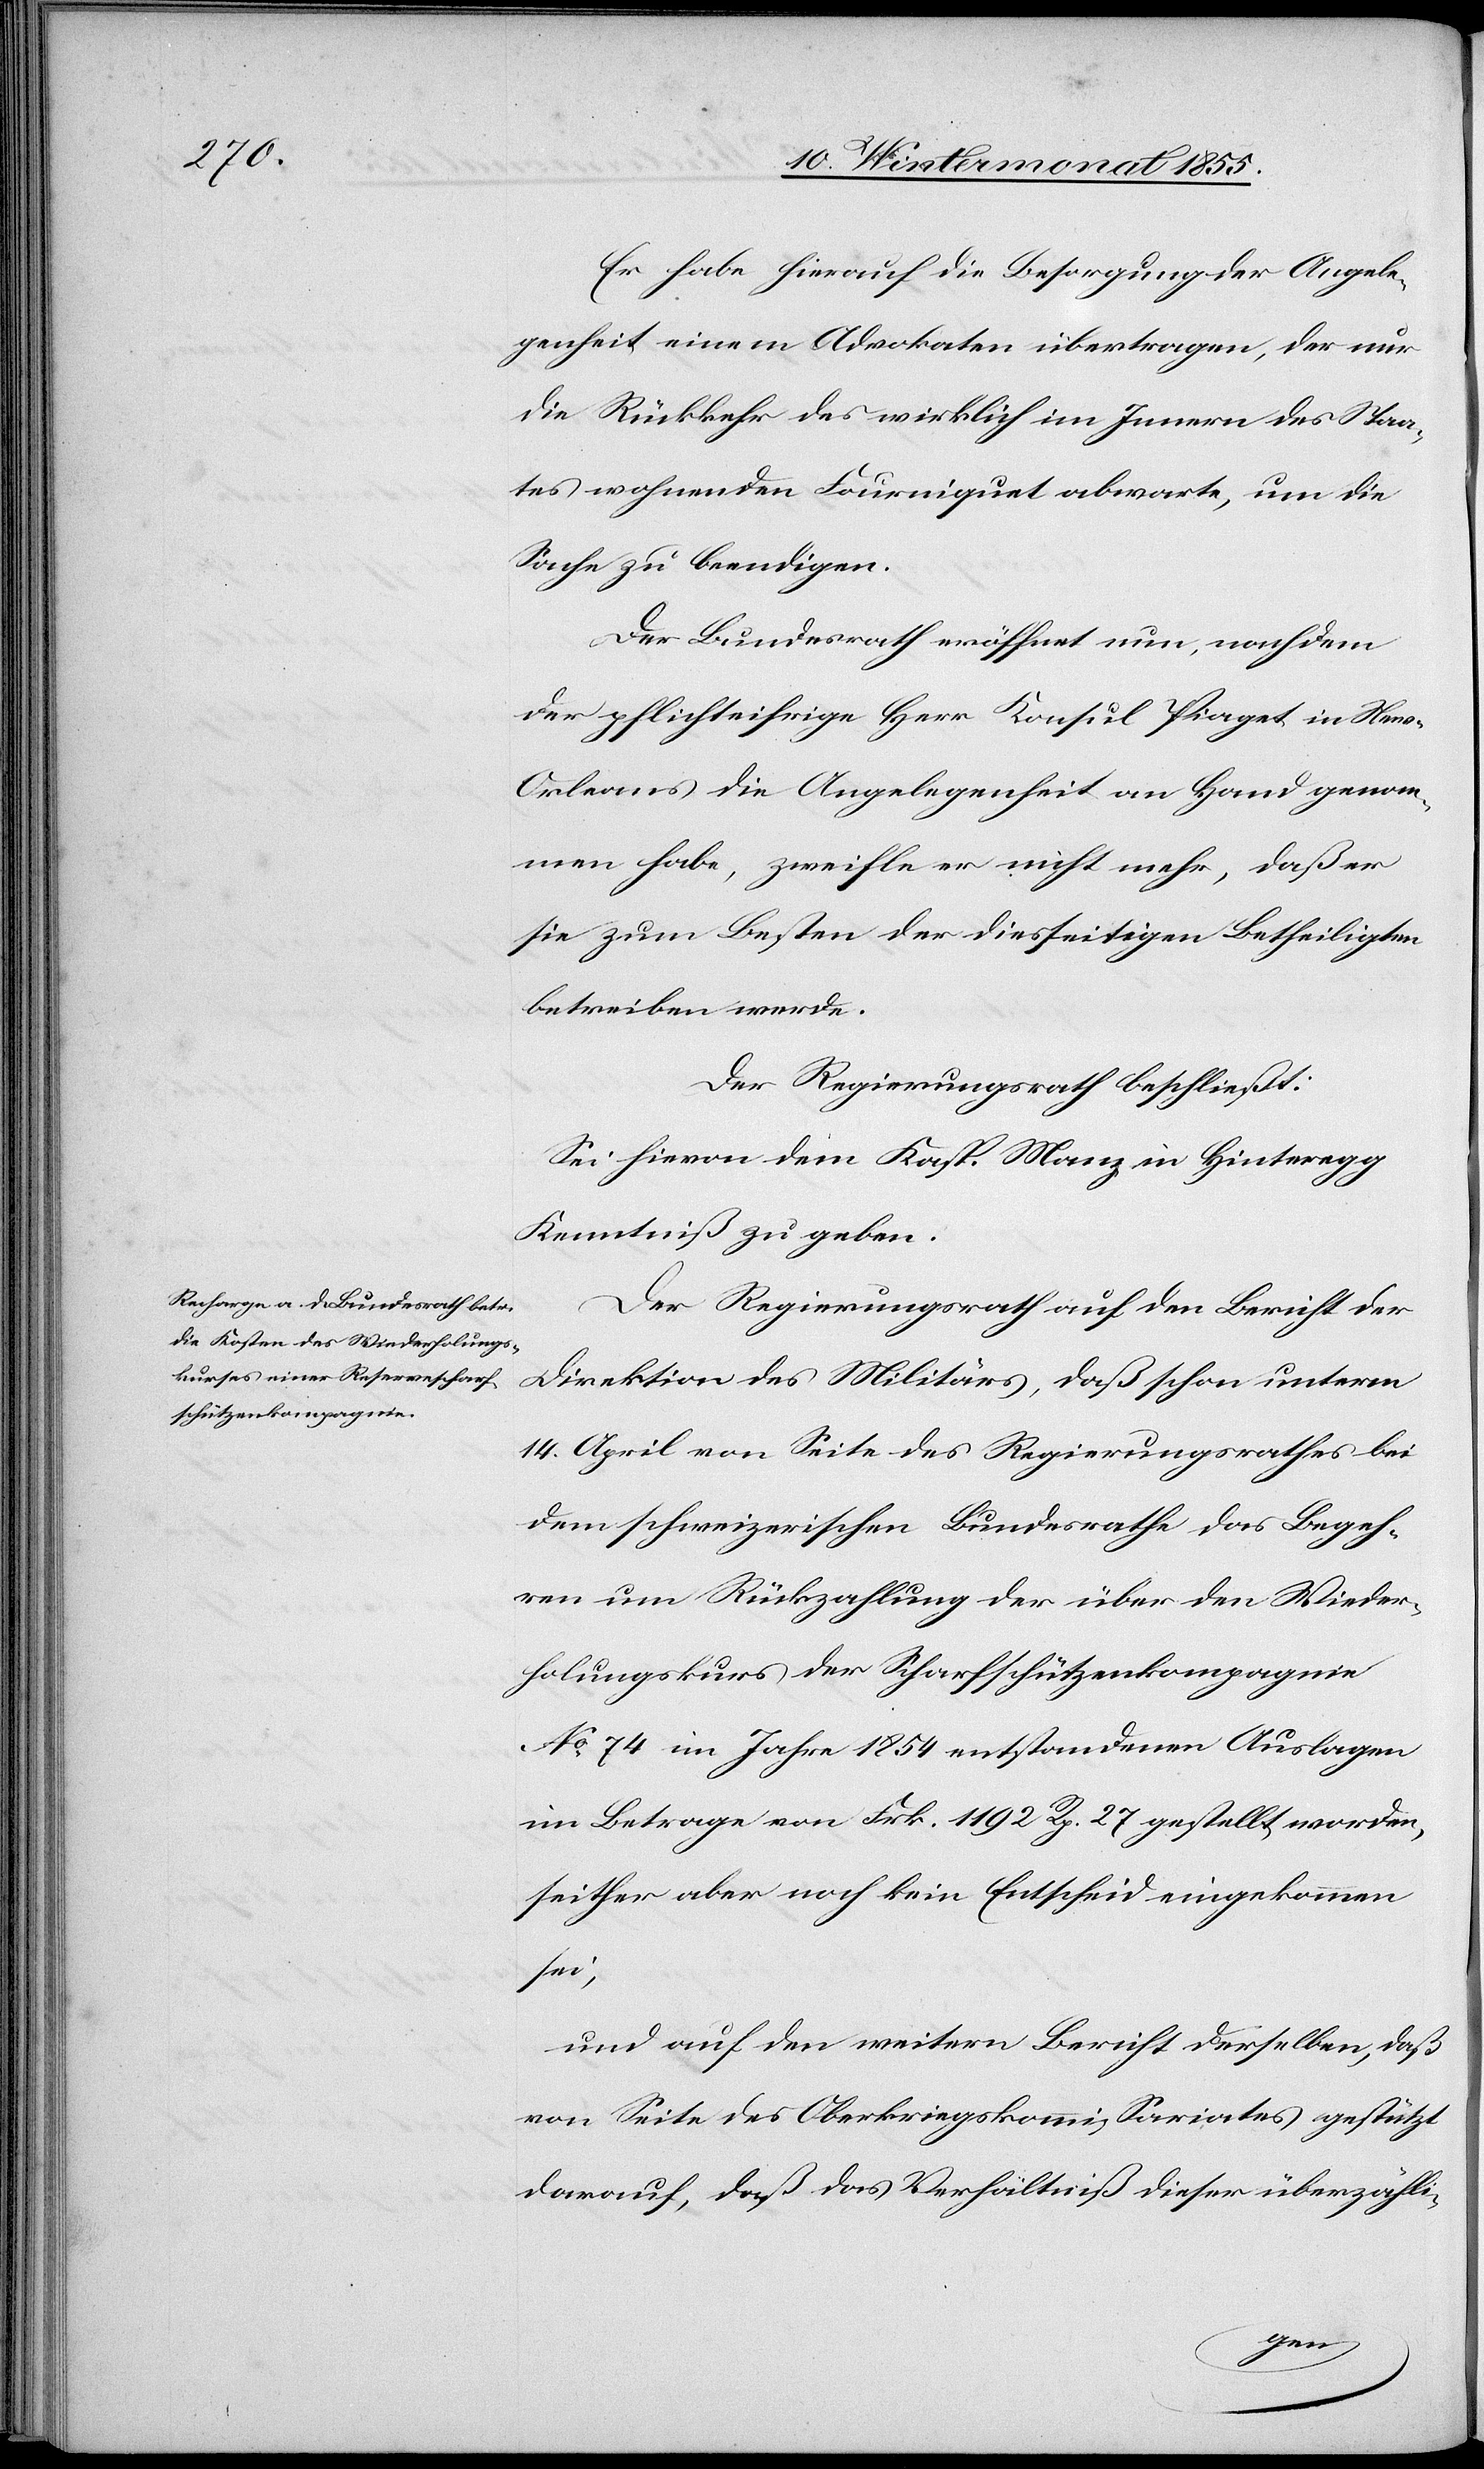
Er habe hierauf die Besorgung der Angele¬
genheit einem Advokaten übertragen, der nur
die Rückkehr des wirklich im Innern des Staa¬
tes wohnenden Fourniquet abwarte, um die
Sache zu beendigen.
Der Bundesrath eröffnet nun, nachdem
der pflichteifrige Herr Konsul Piaget in Ne¬
w-Orleans die Angelegenheit an Hand genom¬
men habe, zweifle er nicht mehr, daß er
sie zum Besten der diesseitigen Betheiligten
betreiben werde.
Der Regierungsrath beschließt:
Sei hievon dem Kasp. Manz in Hinteregg
Kenntniß zu geben.
Der Regierungsrath auf den Bericht der
Direktion des Militärs, daß schon unterm
14. April von Seite des Regierungsrathes bei
dem schweizerischen Bundesrathe das Begeh¬
ren um Rückzahlung der über den Wieder¬
holungskurs der Scharfschützenkompagnie
No. 74 im Jahre 1854 entstandenen Auslagen
im Betrage von Frk. 1192 Rp. 27 gestellt worden,
seither aber noch kein Entscheid eingekommen
sei,
und auf den weitern Bericht derselben, daß
von Seite des Oberkriegskommissariates gestützt
darauf, daß das Verhältniß dieser überzähli-